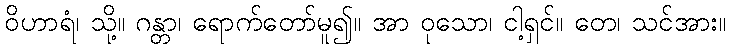
ဝိဟာရံ၊ သို့။ ဂန္တာ၊ ရောက်တော်မူ၍။ အာ ဝုသော၊ ငါ့ရှင်။ တေ၊ သင်အား။